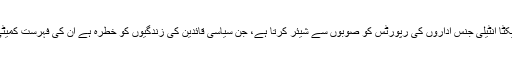
انہوں نے کہا کہ نیکٹا انٹیلی جنس اداروں کی رپورٹس کو صوبوں سے شیئر کرتا ہے، جن سیاسی قائدین کی زندگیوں کو خطرہ ہے ان کی فہرست کمیٹی کودی جائے گی۔